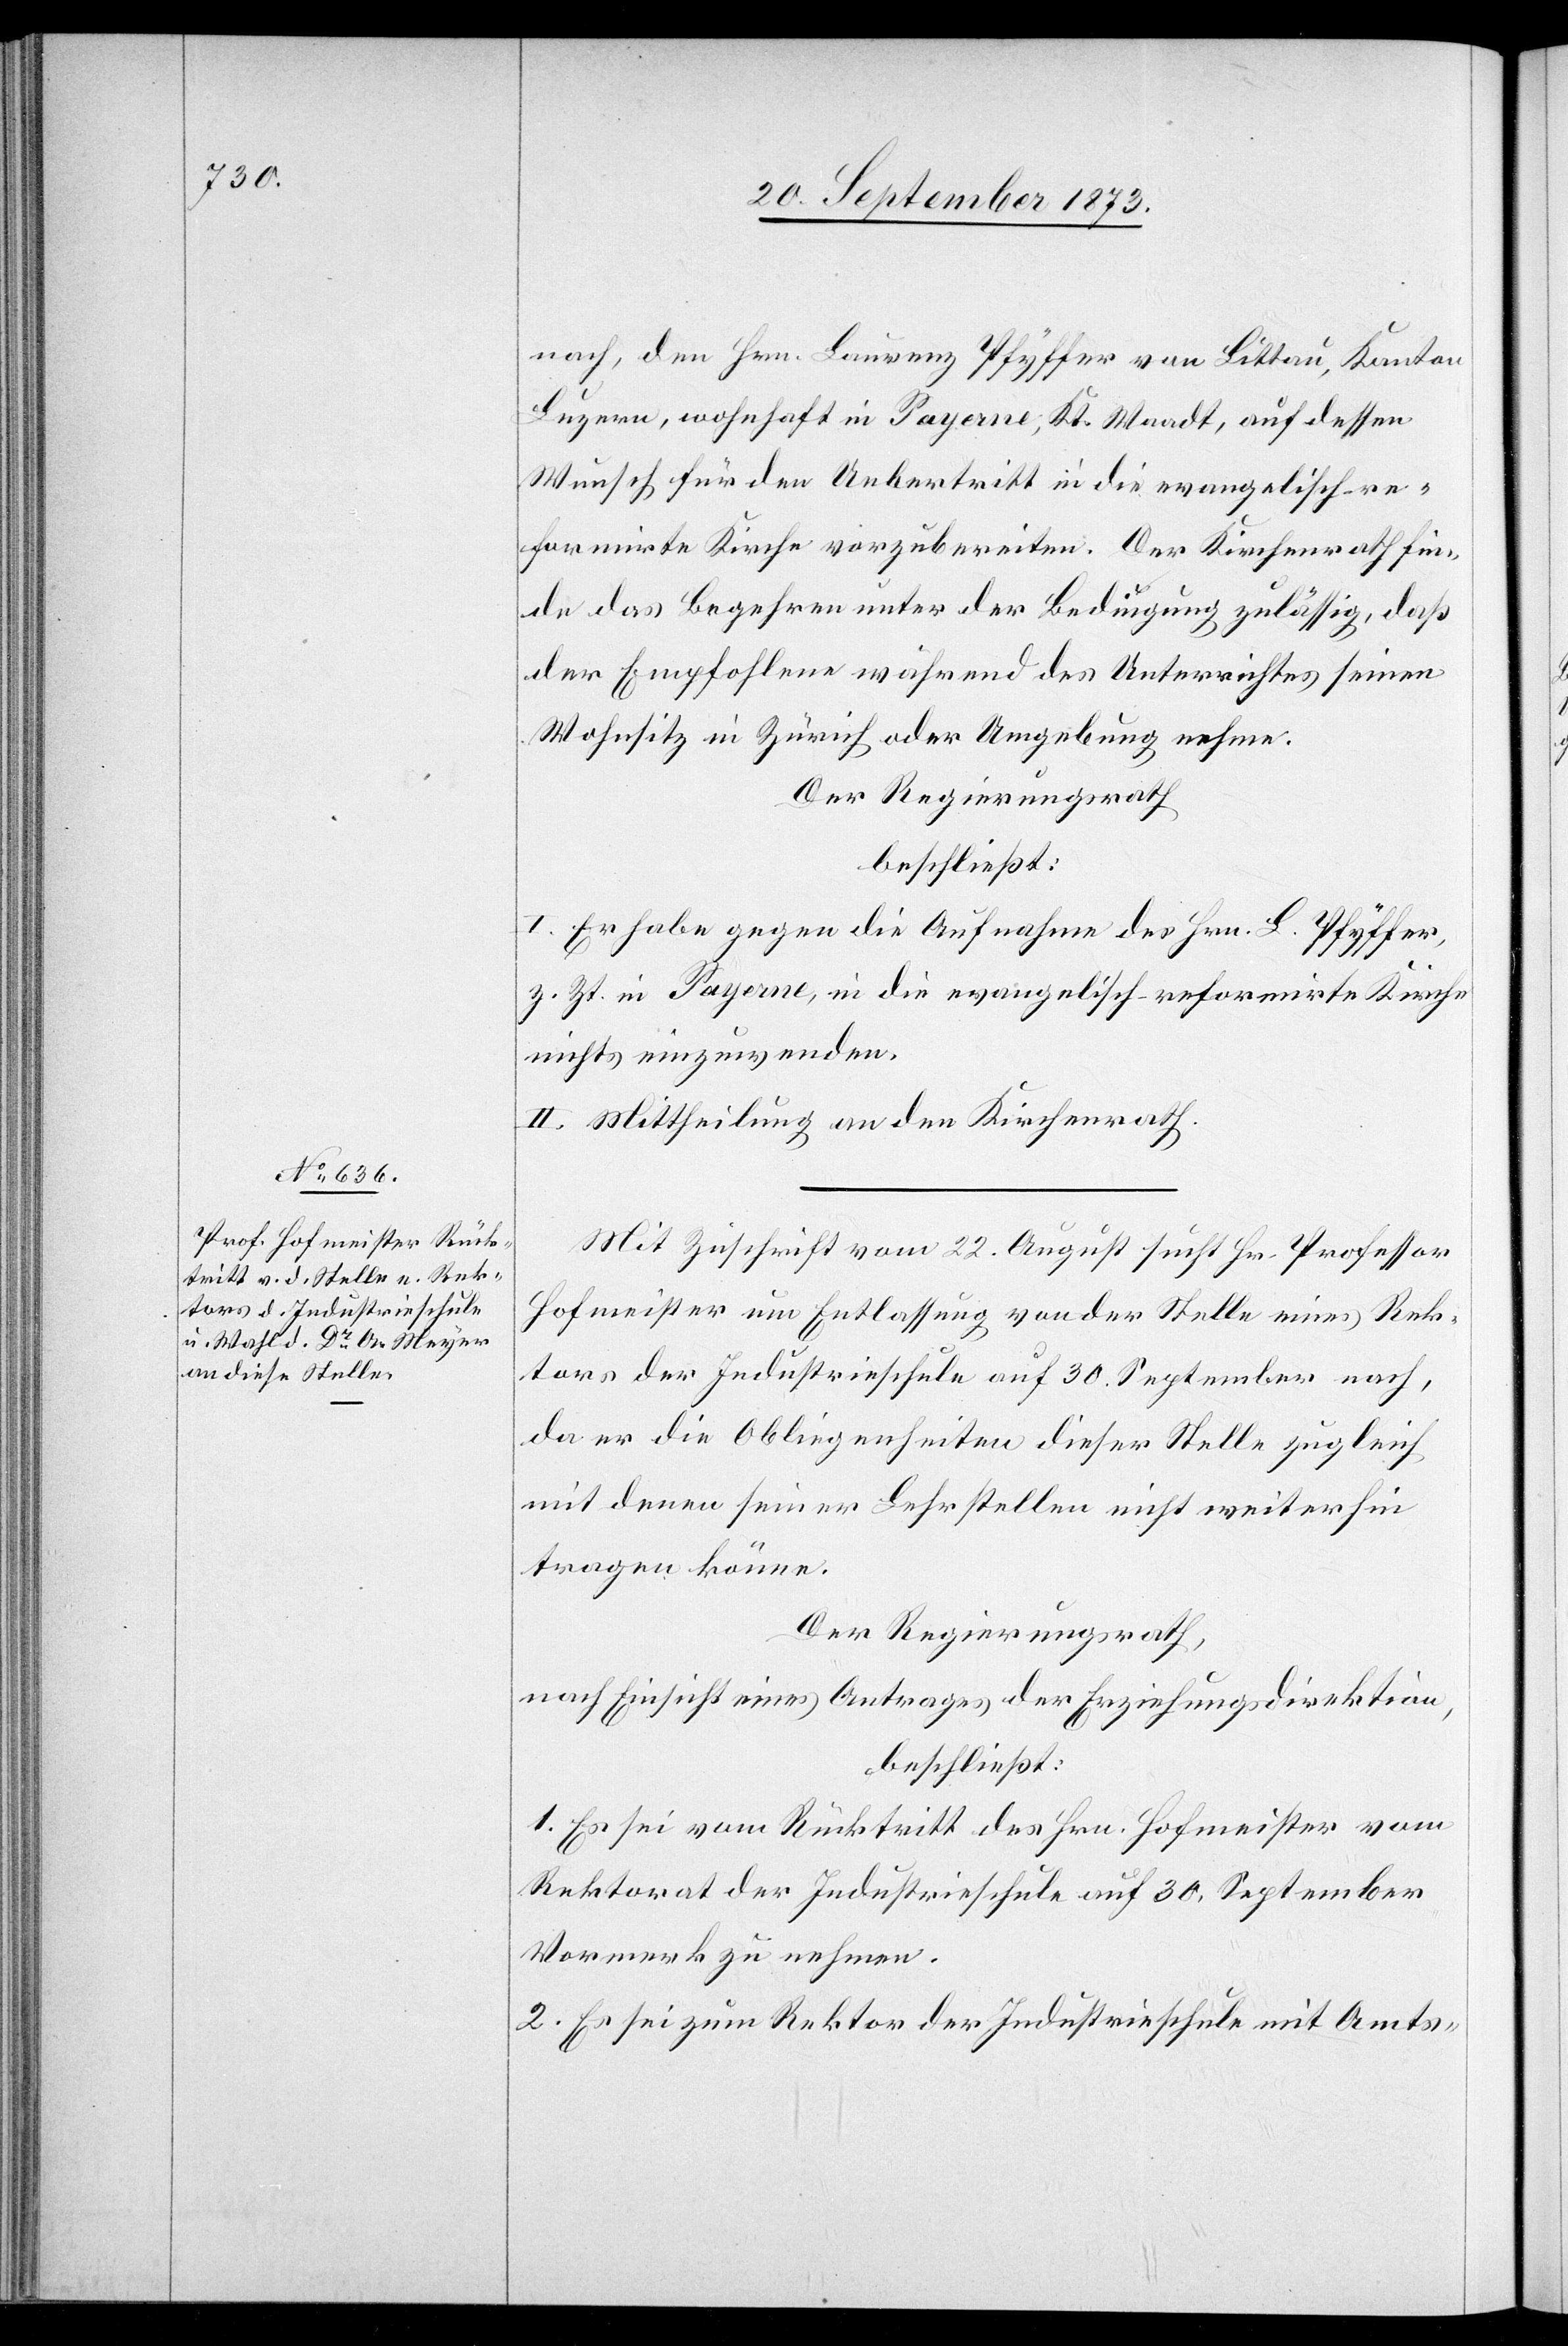
nach, den Hrn. Laurenz Pfyffer von Littau, Kanton
Luzern, wohnhaft in Payerne, Kt. Waadt, auf dessen
Wunsch für den Uebertritt in die evangelisch-re¬
formirte Kirche vorzubereiten. Der Kirchenrath fin¬
de das Begehren unter der Bedingung zulässig, daß
der Empfohlene während des Unterrichtes seinen
Wohnsitz in Zürich oder Umgebung nehme.
Der Regierungsrath
beschließt:
I. Er habe gegen die Aufnahme des Hrn. L. Pfyffer,
z. Zt. in Payerne, in die evangelisch-reformirte Kirche
nichts einzuwenden.
II. Mittheilung an den Kirchenrath.
Mit Zuschrift vom 22. August sucht Hr. Professor
Hofmeister um Entlassung von der Stelle eines Rek¬
tors der Industrieschule auf 30. September nach,
da er die Obliegenheiten dieser Stelle zugleich
mit denen seiner Lehrstellen nicht weiterhin
tragen könne.
Der Regierungsrath,
nach Einsicht eines Antrages der Erziehungsdirektion,
beschließt:
1. Es sei vom Rücktritt des Hrn. Hofmeister vom
Rektorat der Industrieschule auf 30. September
Vormerk zu nehmen.
2. Es sei zum Rektor der Industrieschule mit Amts-